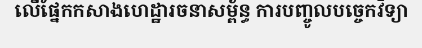
លើផ្នែកកសាងហេដ្ឋារចនាសម្ព័ន្ធ ការបញ្ចូលបច្ចេកវិទ្យា